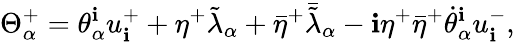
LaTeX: \Theta_{\alpha}^{+}=\theta_{\alpha}^{\mathbf{i}}u_{\mathbf{i}}^{+}+\eta^{+}\tilde{{\lambda}}_{\alpha}+{\bar{{\eta}}}^{+}{\bar{{\tilde{{\lambda}}}}}_{\alpha}-\mathbf{i}\eta^{+}{\bar{{\eta}}}^{+}{\dot{{\theta}}}_{\alpha}^{\mathbf{i}}u_{\mathbf{i}}^{-},